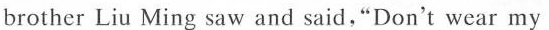
brother Liu Ming saw and said,"Don't wear my